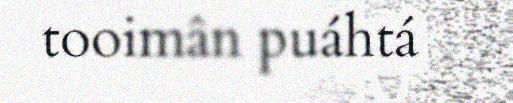
tooimân puáhtá